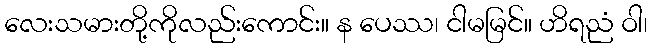
လေးသမားတို့ကိုလည်းကောင်း။ န ပေဿ၊ ငါမမြင်။ ဟိရညံ ဝါ၊